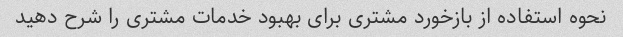
نحوه استفاده از بازخورد مشتری برای بهبود خدمات مشتری را شرح دهید